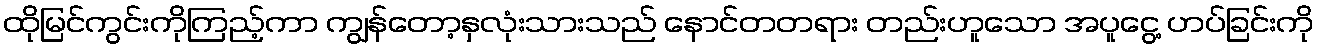
ထိုမြင်ကွင်းကိုကြည့်ကာ ကျွန်တော့နှလုံးသားသည် နောင်တတရား တည်းဟူသော အပူငွေ့ ဟပ်ခြင်းကို